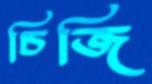
চিজি